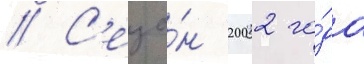
// С'езо́н 2002 го́да